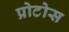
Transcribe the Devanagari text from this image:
प्रोटोस